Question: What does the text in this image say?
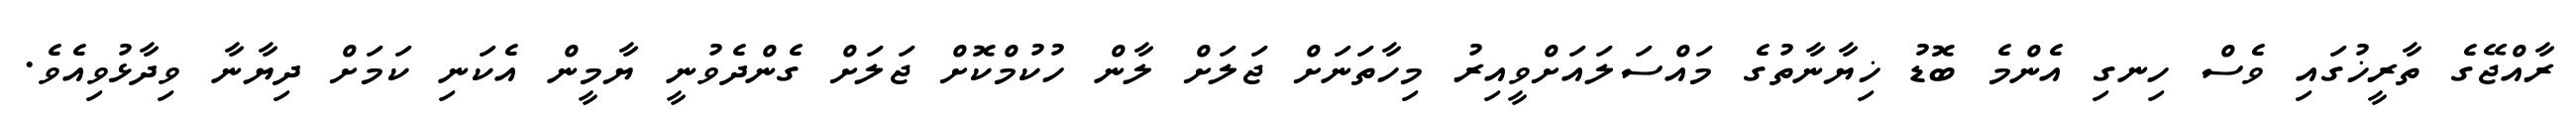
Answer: ރާއްޖޭގެ ތާރީޚުގައި ވެސް ހިނގި އެންމެ ބޮޑު ޚިޔާނާތުގެ މައްސަލައަށްވީއިރު މިހާތަނަށް ޖަލަށް ލާން ހުކުމްކޮށް ޖަލަށް ގެންދެވުނީ ޔާމީން އެކަނި ކަމަށް ދިޔާނާ ވިދާޅުވިއެވެ.